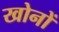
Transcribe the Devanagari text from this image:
खोनों